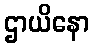
ဌာယိနော